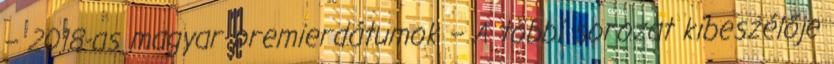
– 2018-as magyar premierdátumok – A többi sorozat kibeszélője